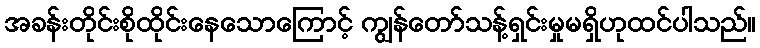
အခန်းတိုင်းစိုထိုင်းနေသောကြောင့် ကျွန်တော်သန့်ရှင်းမှုမရှိဟုထင်ပါသည်။